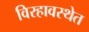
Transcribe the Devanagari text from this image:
विरहावस्थेत